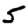
Digit: 5